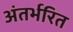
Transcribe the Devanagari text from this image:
अंतर्भरित